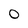
Character: O